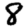
Digit: 8